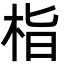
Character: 栺